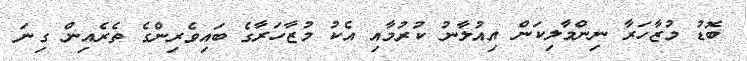
ބޮޑު މުޒާހަރާ ނިންމާލިކަން އިއުލާނު ކުރުމާއި އެކު މުޒާހަރާގެ ބައިވެރިންގެ ތެރެއިން ގިނަ